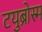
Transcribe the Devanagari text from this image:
टयुब्रोस्म